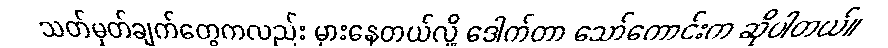
သတ်မှတ်ချက်တွေကလည်း မှားနေတယ်လို့ ဒေါက်တာ သော်ကောင်းက ဆိုပါတယ်။